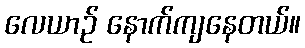
လေယာဉ် နောက်ကျနေတယ်။